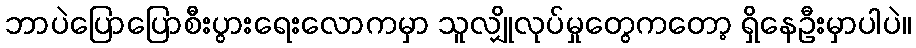
ဘာပဲပြောပြောစီးပွားရေးလောကမှာ သူလျှိုလုပ်မှုတွေကတော့ ရှိနေဦးမှာပါပဲ။